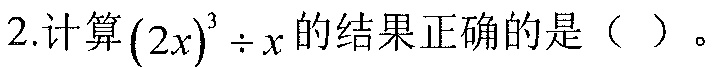
2.计算\((2x)^{3}\div x\)的结果正确的是（  ）。